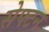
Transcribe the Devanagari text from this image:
सेफ्टन